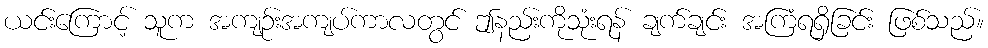
ယင်းကြောင့် သူက အကျဉ်းအကျပ်ကာလတွင် ဤနည်းကိုသုံးရန် ချက်ချင်း အကြံရရှိခြင်း ဖြစ်သည်။